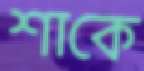
শাকে